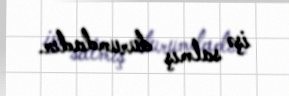
işə salmış durumdadır.